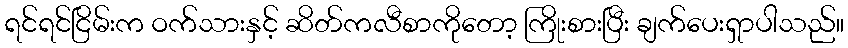
ရင်ရင်ငြိမ်းက ဝက်သားနှင့် ဆိတ်ကလီစာကိုတော့ ကြိုးစားပြီး ချက်ပေးရှာပါသည်။